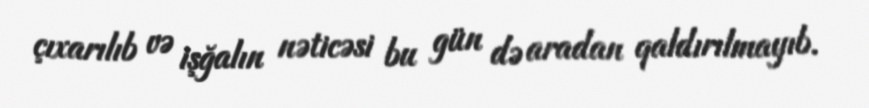
çıxarılıb və işğalın nəticəsi bu gün də aradan qaldırılmayıb.